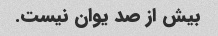
بیش از صد یوان نیست.